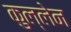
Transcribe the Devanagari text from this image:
कुल्लेन